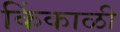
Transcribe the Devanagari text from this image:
किंकाळी